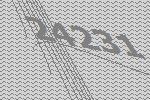
24231